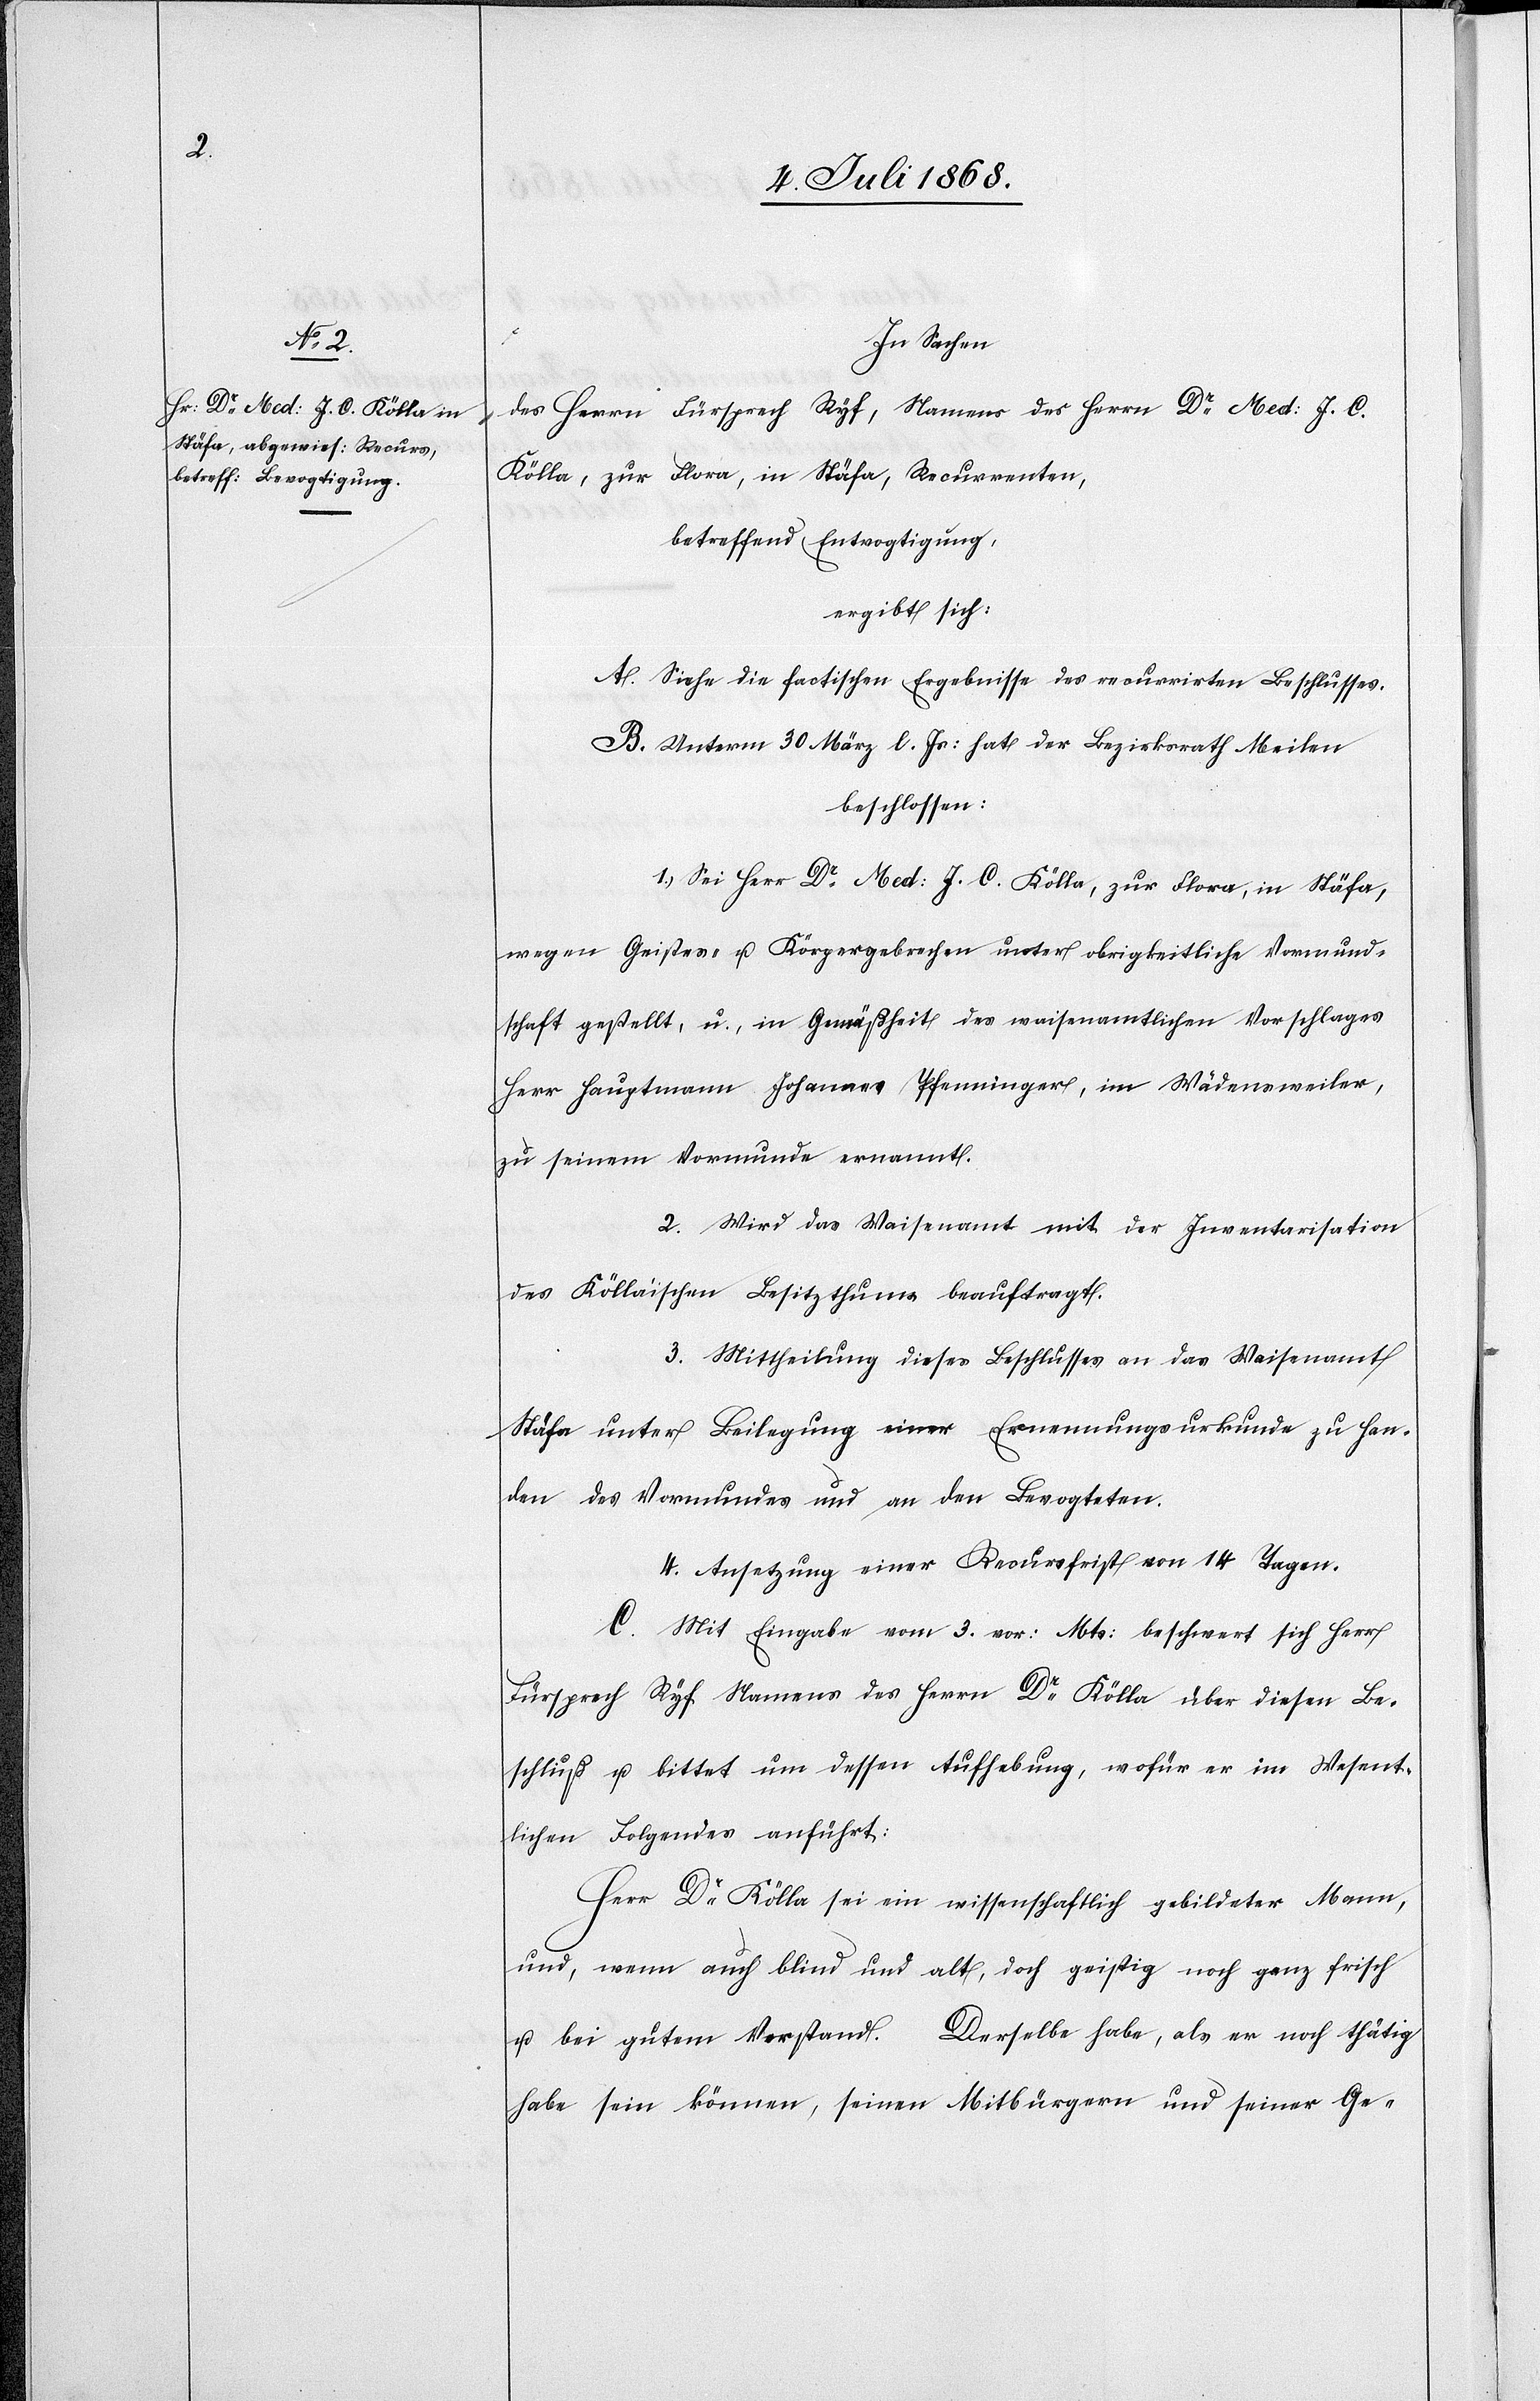
In Sachen
des Herrn Fürsprech Ryf, Namens des Herrn Dr Med: J. C.
Kölla, zur Flora, in Stäfa, Recurrenten,
betreffend Entvogtigung,
ergibt sich:
A. Siehe die factischen Ergebnisse des recurrirten Beschlusses.
B. Unterm 30. März l. Js: hat der Bezirksrath Meilen
beschlossen:
1. Sei Herr Dr Med: J. C. Kölla, zur Flora, in Stäfa,
wegen Geistes- u. Körpergebrechen unter obrigkeitliche Vormund¬
schaft gestellt, u., in Gemäßheit des waisenamtlichen Vorschlages
Herr Hauptmann Johannes Pfenninger, im Wädensweiler,
zu seinem Vormunde ernannt.
2. Wird das Waisenamt mit der Inventarisation
des Kölla’ischen Besitzthums beauftragt.
3. Mittheilung dieses Beschlusses an das Waisenamt
Stäfa unter Beilegung einer Ernennungsurkunde zu Han¬
den des Vormundes und an den Bevogteten.
4. Ansetzung einer Recursfrist von 14 Tagen.
C. Mit Eingabe vom 3. vor: Mts: beschwert sich Herr
Fürsprech Ryf Namens des Herrn Dr Kölla über diesen Be¬
schluß u. bittet um dessen Aufhebung, wofür er im Wesent¬
lichen Folgendes anführt:
Herr Dr Kölla sei ein wissenschaftlich gebildeter Mann,
und, wenn auch blind und alt, doch geistig noch ganz frisch
u. bei gutem Verstand. Derselbe habe, als er noch thätig
habe sein können, seinen Mitbürgern und seiner Ge-